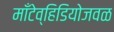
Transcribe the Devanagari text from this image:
माँटेव्हिडियोजवळ